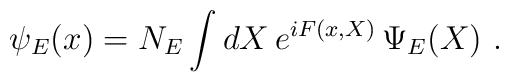
\psi _{E}(x)=N_{E}\int dX\,e^{iF(x,X)}\,\Psi _{E}(X) ~.